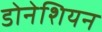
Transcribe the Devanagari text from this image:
डोनेशियन